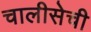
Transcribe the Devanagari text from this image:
चालीसेची